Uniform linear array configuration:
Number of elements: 32
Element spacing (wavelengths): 1
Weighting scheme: exponential
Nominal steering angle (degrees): -30
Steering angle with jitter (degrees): -31.762
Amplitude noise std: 0.05
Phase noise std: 0.05

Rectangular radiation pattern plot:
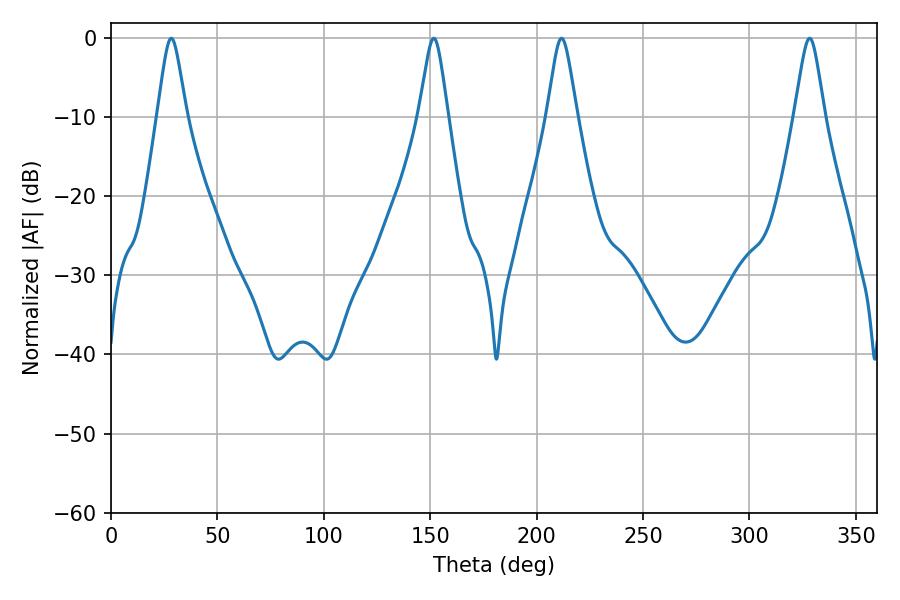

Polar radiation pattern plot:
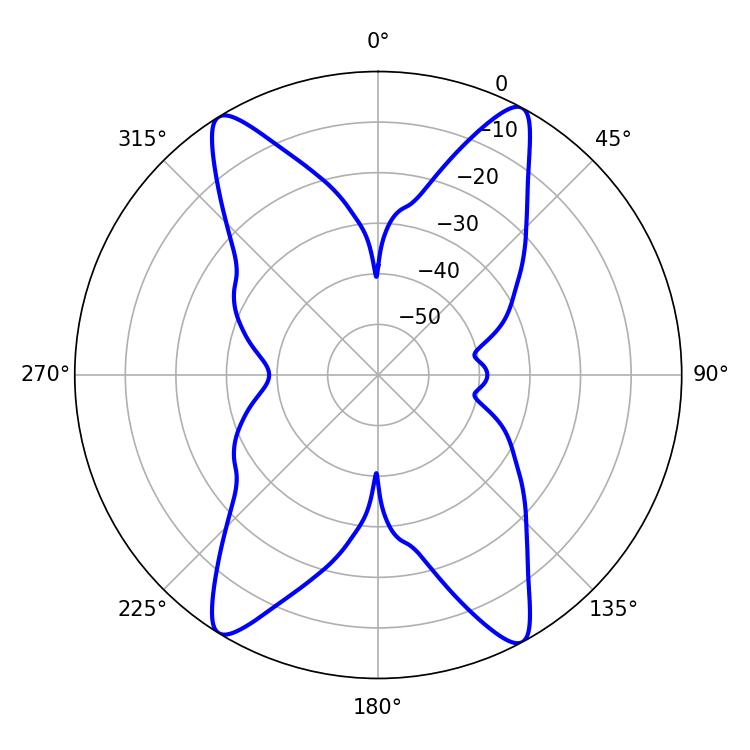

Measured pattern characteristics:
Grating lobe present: TRUE
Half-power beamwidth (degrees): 6.66
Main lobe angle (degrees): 211.68